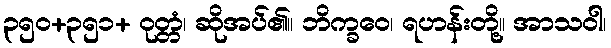
၃၅၀+၃၅၁+ ဝုတ္တံ၊ ဆိုအပ်၏။ ဘိက္ခဝေ၊ ရဟန်းတို့။ အာသဝါ၊